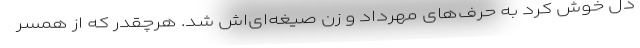
دل خوش کرد به حرف‌های مهرداد و زن صیغه‌ای‌اش شد. هرچقدر که از همسر